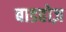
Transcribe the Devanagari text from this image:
बाडहोज़